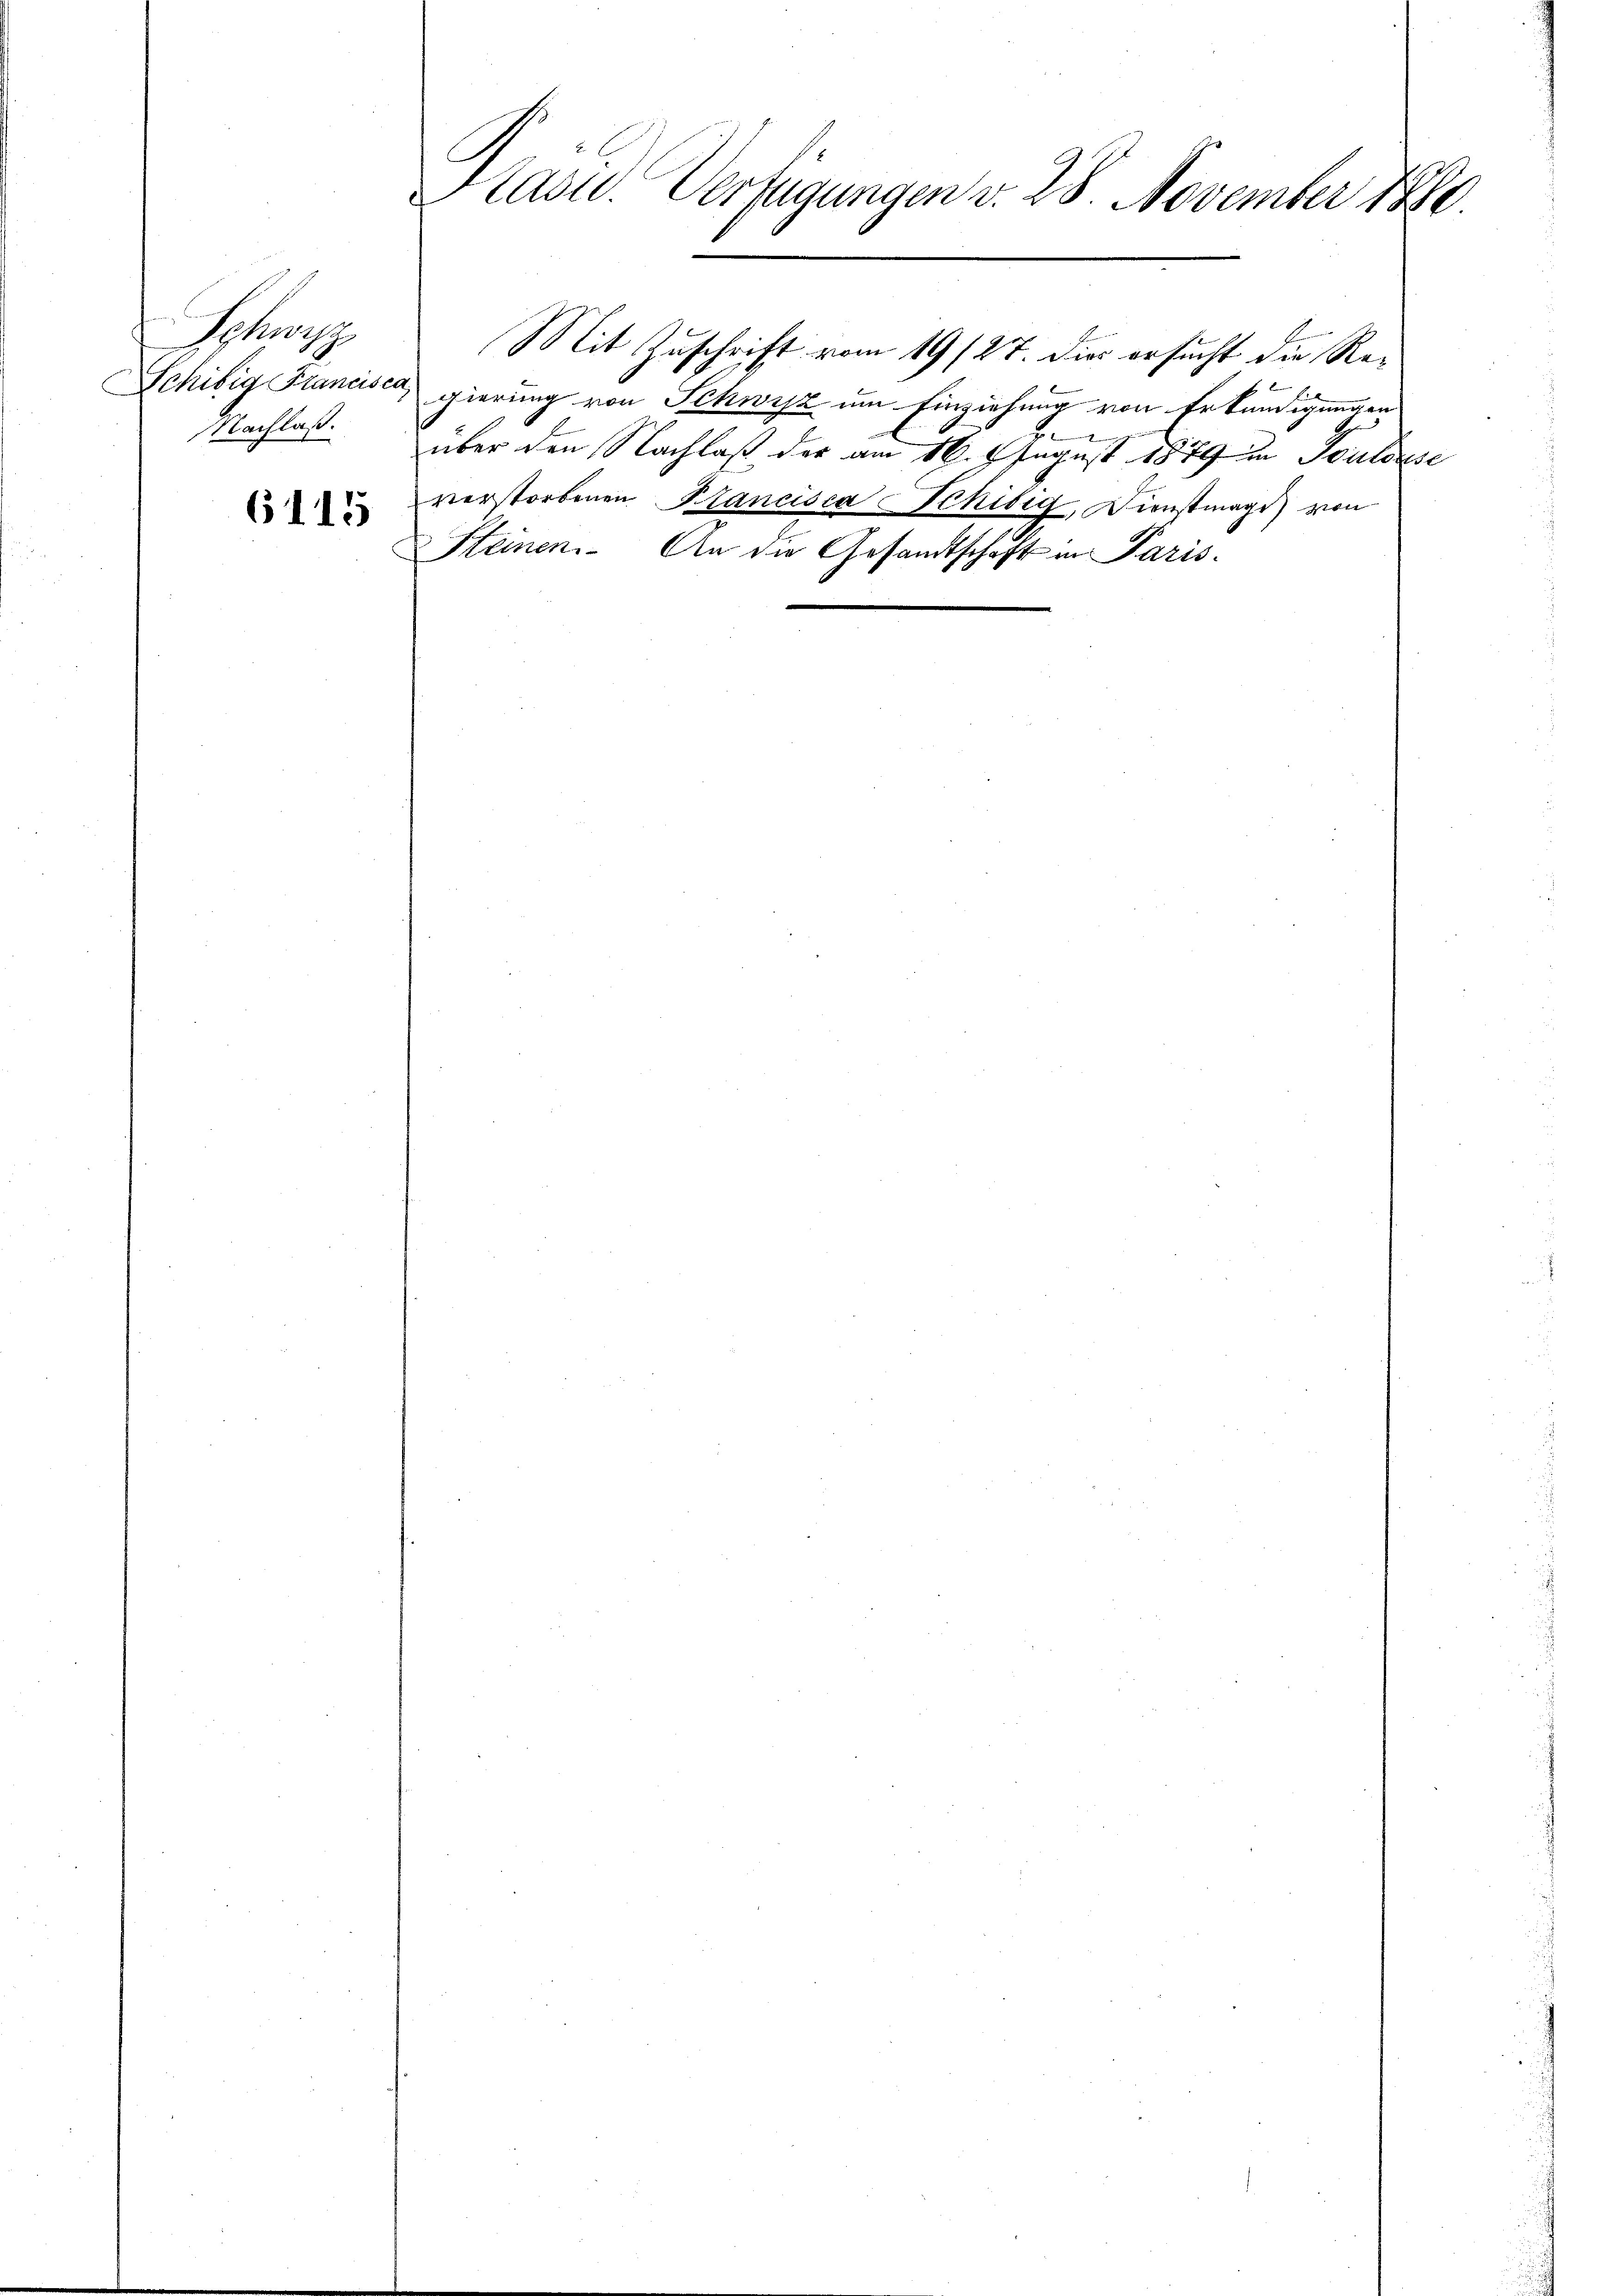
Schwis
Schibig Franciser
Nachlaß.

6115

Präsid. Verfügungen v. 28. November 1890.

gierung von Schwyz um Einziehung von Erkundigungen
.
Berg
über den Nachlaß der am 16. August 1879 in Boulisse
verstorbenen Plancisca Schisig, Dienstmage) von
Steinen. An die Gesandtschaft in Paris.

Mit Zuschrift vom 19/27. Dies ersucht die Re¬